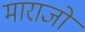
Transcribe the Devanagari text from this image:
माराजो